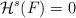
LaTeX: \begin{align*}\mathcal{H}^s(F) =0\end{align*}